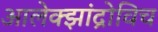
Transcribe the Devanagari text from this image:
आलेक्झांद्रोविच